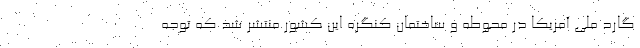
گارد ملی آمریکا در محوطه و ساختمان کنگره این کشور منتشر شد که توجه